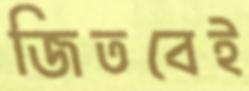
জিতবেই